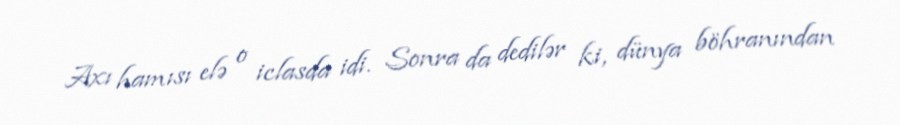
Axı hamısı elə o iclasda idi. Sonra da dedilər ki, dünya böhranından